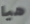
هيا